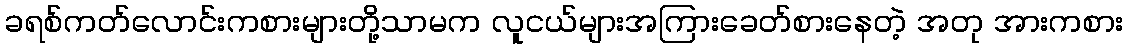
ခရစ်ကတ်လောင်းကစားများတို့သာမက လူငယ်များအကြားခေတ်စားနေတဲ့ အတု အားကစား